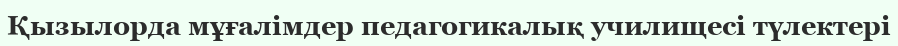
Қызылорда мұғалімдер педагогикалық училищесі түлектері